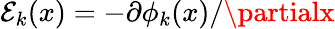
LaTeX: \mathcal{E}_{k}(x)=-\partial\phi_{k}(x)/\partialx